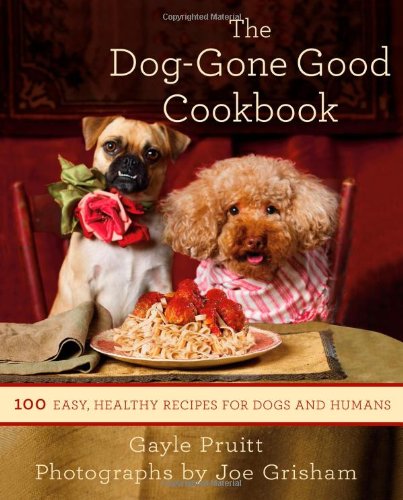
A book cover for The Dog-Gone Good Cookbook: 100 Easy, Healthy Recipes for Dogs and Humans; Gayle Pruitt; Crafts, Hobbies & Home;